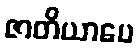
ဇာတိယာပေ